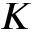
K